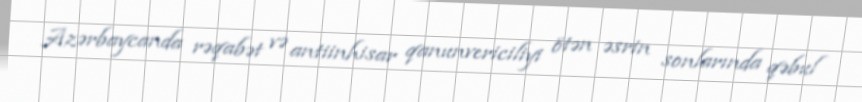
Azərbaycanda rəqabət və antiinhisar qanunvericiliyi ötən əsrin sonlarında qəbul